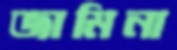
জামিনা